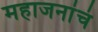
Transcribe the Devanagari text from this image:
महाजनांचं